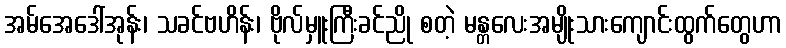
အမ်အေဒေါ်အုန်း၊ သခင်ဗဟိန်း၊ ဗိုလ်မှူးကြီးခင်ညို စတဲ့ မန္တလေးအမျိုးသားကျောင်းထွက်တွေဟာ